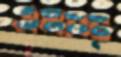
এলাচ্ছ